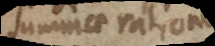
summae rationi,